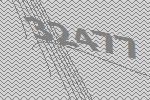
32477